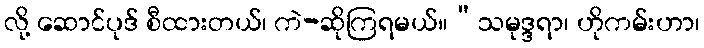
လို့ ဆောင်ပုဒ် စီထားတယ်၊ ကဲ-ဆိုကြရမယ်။“သမုဒ္ဒရာ၊ ဟိုကမ်းဟာ၊